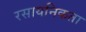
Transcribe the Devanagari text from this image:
रसायनिकता